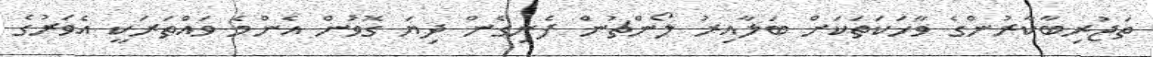
ތަޖުރިބާކާރުންގެ ވާހަކަތަކަށް ބަލާއިރު ލޯންޗުން ފެނިގެން ދިޔަ ގޮވުން އެންމެ ވައްތަރަކީ އެވަރުގެ